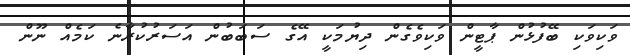
ވަކިވަކި ބޭފުޅުން ޕާޓީން ވަކިވެގެން ދިޔުމަކީ އޭގެ ސަބަބުން އަސަރުކުރާނެ ކަމެއް ނޫން